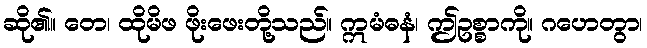
ဆို၏။ တေ၊ ထိုမိဖ ဖိုးဖေးတို့သည်။ ဣမံဓနံ၊ ဤဥစ္စာကို။ ဂဟေတွာ၊